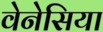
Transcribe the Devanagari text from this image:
वेनेसिया